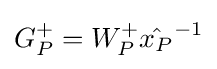
G_{P}^{+}=W_{P}^{+}{\hat {x_{P}}}^{-1}